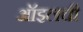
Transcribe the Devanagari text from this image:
ऑइलची